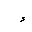
Letter: _hamza